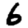
Digit: 6